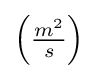
\left({\tfrac {m^{2}}{s}}\right)